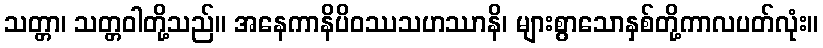
သတ္တာ၊ သတ္တဝါတို့သည်။ အနေကာနိပိဝဿသဟဿာနိ၊ များစွာသောနှစ်တို့ကာလပတ်လုံး။